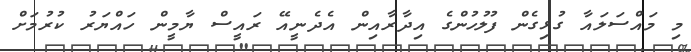
މި މައްސަލައާ ގުޅިގެން ފުލުހުންގެ އިދާރާއިން އެދެނީއޭ ރައީސް ޔާމީން ހައްޔަރު ކުރުމަށް